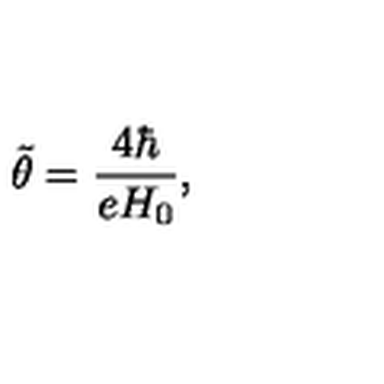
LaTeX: { \tilde { \theta } } = \frac { 4 \hbar } { e H _ { 0 } } ,